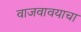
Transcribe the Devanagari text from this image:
वाजवावयाचा